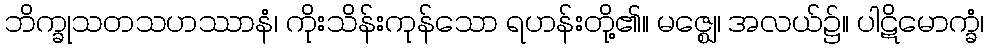
ဘိက္ခုသတသဟဿာနံ၊ ကိုးသိန်းကုန်သော ရဟန်းတို့၏။ မဇ္ဈေ၊ အလယ်၌။ ပါဋိမောက္ခံ၊